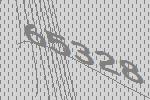
65328